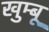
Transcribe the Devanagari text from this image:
खुम्बू